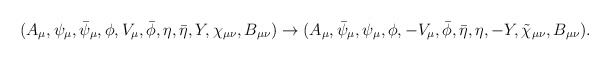
\begin{align*}( A_\mu, \psi_\mu, \bar{\psi}_\mu, \phi, V_\mu, \bar{\phi}, \eta, \bar{\eta}, Y, \chi_{\mu\nu}, B_{\mu\nu} )\rightarrow( A_\mu, \bar{\psi}_\mu, \psi_\mu, \phi, - V_\mu, \bar{\phi}, \bar{\eta}, \eta, - Y, \tilde{\chi}_{\mu\nu}, B_{\mu\nu} ).\end{align*}